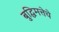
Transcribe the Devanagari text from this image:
बुद्घिमत्तेचे